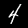
Label: 4